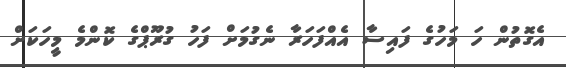
އެގޮތުން ހަ މަހުގެ ފައިސާ އެއްފަހަރާ ނެގުމަށް ފަހު ގުރޫޕްގެ ކޮންމެ މީހަކަށް